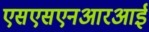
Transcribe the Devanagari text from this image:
एसएसएनआरआई